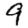
Digit: 9